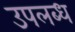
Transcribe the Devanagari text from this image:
उपलब्ध्‍ा